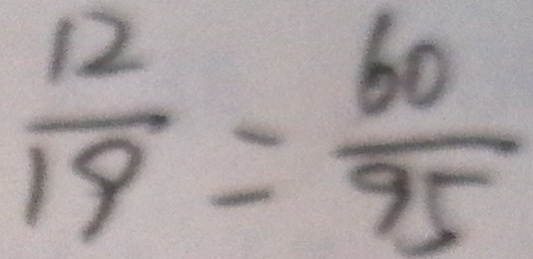
\frac { 1 2 } { 1 9 } = \frac { 6 0 } { 9 5 }